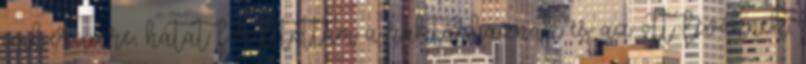
embereimre, hátat fordítottam a raktárháznak és az ott lévőknek,